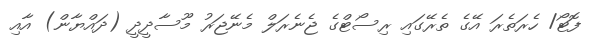
ފޮޓޯ/ ހެރަތެރަ އޭގެ ތެރޭގައި ރިސޯޓްގެ ޖެނެރަލް މެނޭޖަރު މޫސާދީދީ (ދައްޔާން) އާއި